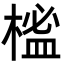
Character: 榓